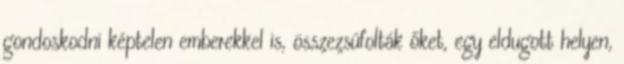
gondoskodni képtelen emberekkel is, összezsúfolták őket, egy eldugott helyen,